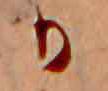
か